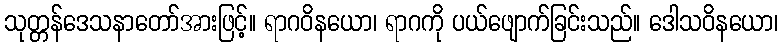
သုတ္တန်ဒေသနာတော်အားဖြင့်။ ရာဂဝိနယော၊ ရာဂကို ပယ်ဖျောက်ခြင်းသည်။ ဒေါသဝိနယော၊